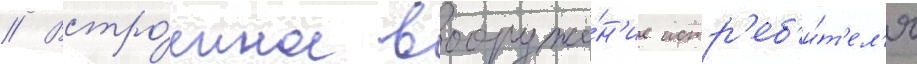
// Встро́енное вооруже́н'ие истр'еб'и́т'ел'я